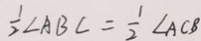
\frac { 1 } { 2 } \angle A B C = \frac { 1 } { 2 } \angle A C B